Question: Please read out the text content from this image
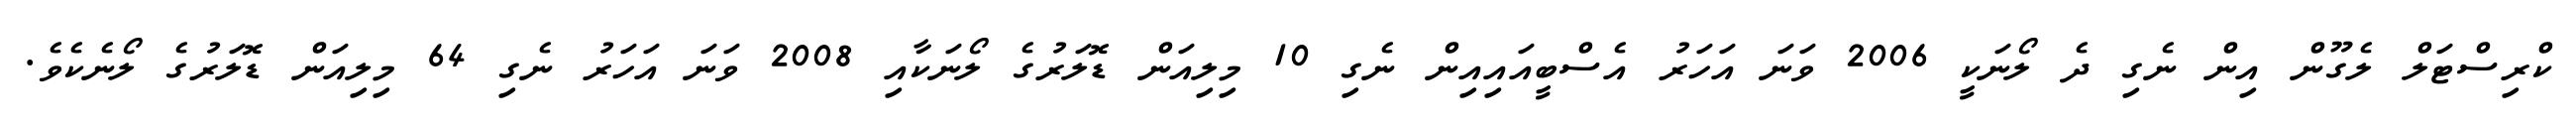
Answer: ކްރިސްޓަލް ލެގޫން އިން ނެގި ދެ ލޯނަކީ 2006 ވަނަ އަހަރު އެސްބީއައިއިން ނެގި 10 މިލިއަން ޑޮލަރުގެ ލޯނަކާއި 2008 ވަނަ އަހަރު ނެގި 64 މިލިއަން ޑޮލަރުގެ ލޯނެކެވެ.